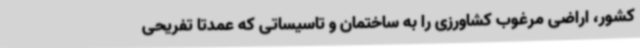
کشور، اراضی مرغوب کشاورزی را به ساختمان و تاسیساتی که عمدتا تفریحی